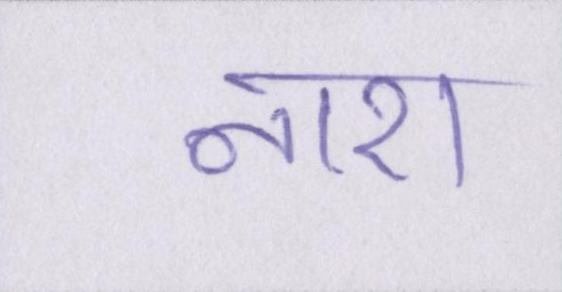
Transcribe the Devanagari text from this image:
नाश